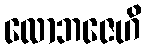
လောဘဇေဟိ